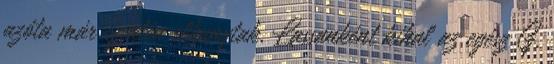
azóta már szintén elhunytak. Lassanként kihal az egész G.